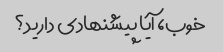
خوب، آیا پیشنهادی دارید؟